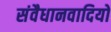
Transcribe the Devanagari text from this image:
संवैधानवादियों